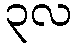
၃လ